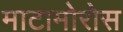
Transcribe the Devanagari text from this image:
माटामोरोस